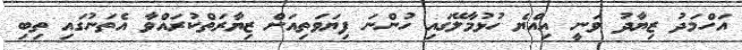
އަހްމަދު ޒިޔާދު ވަނީ އިއްޔެ ހުޅުމާލޭގައި ހުންނަ ފިޔަވަތިއަށް ޒިޔާރަތްކުރައްވާ އެތަނުގައި ތިބި